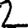
Digit: 2